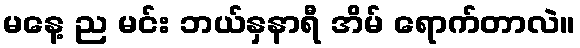
မနေ့ ည မင်း ဘယ်နှနာရီ အိမ် ရောက်တာလဲ။